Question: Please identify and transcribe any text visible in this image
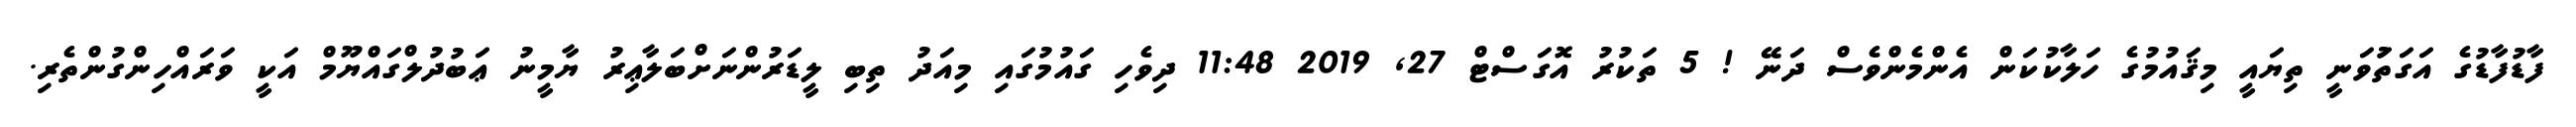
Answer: ފާޑުފާޑުގެ އަގަތަުވަނީ ތިޔައީ މިޤައުމުގެ ހަލާކުކަން އެންމެންވެސް ދަނޭ ! 5 ތަކުރު އޮގަސްޓް 27, 2019 11:48 ދިވެހި ގައުމުގައި މިއަދު ތިބި ލީޑަރުންނަށްބަލާޢިރު ޔާމީނު ޢަބުދުލްގައްޔޫމް އަކީ ވަރައްހިންގުންތެރި.